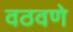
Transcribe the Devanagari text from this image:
वठवणे